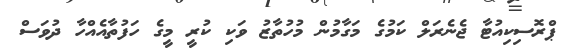
ޕްރޮސިކިއުޓާ ޖެނެރަލް ކަމުގެ މަގާމުން މުހުތާޒު ވަކި ކުރީ މީގެ ހަފުތާއެއްހާ ދުވަސް